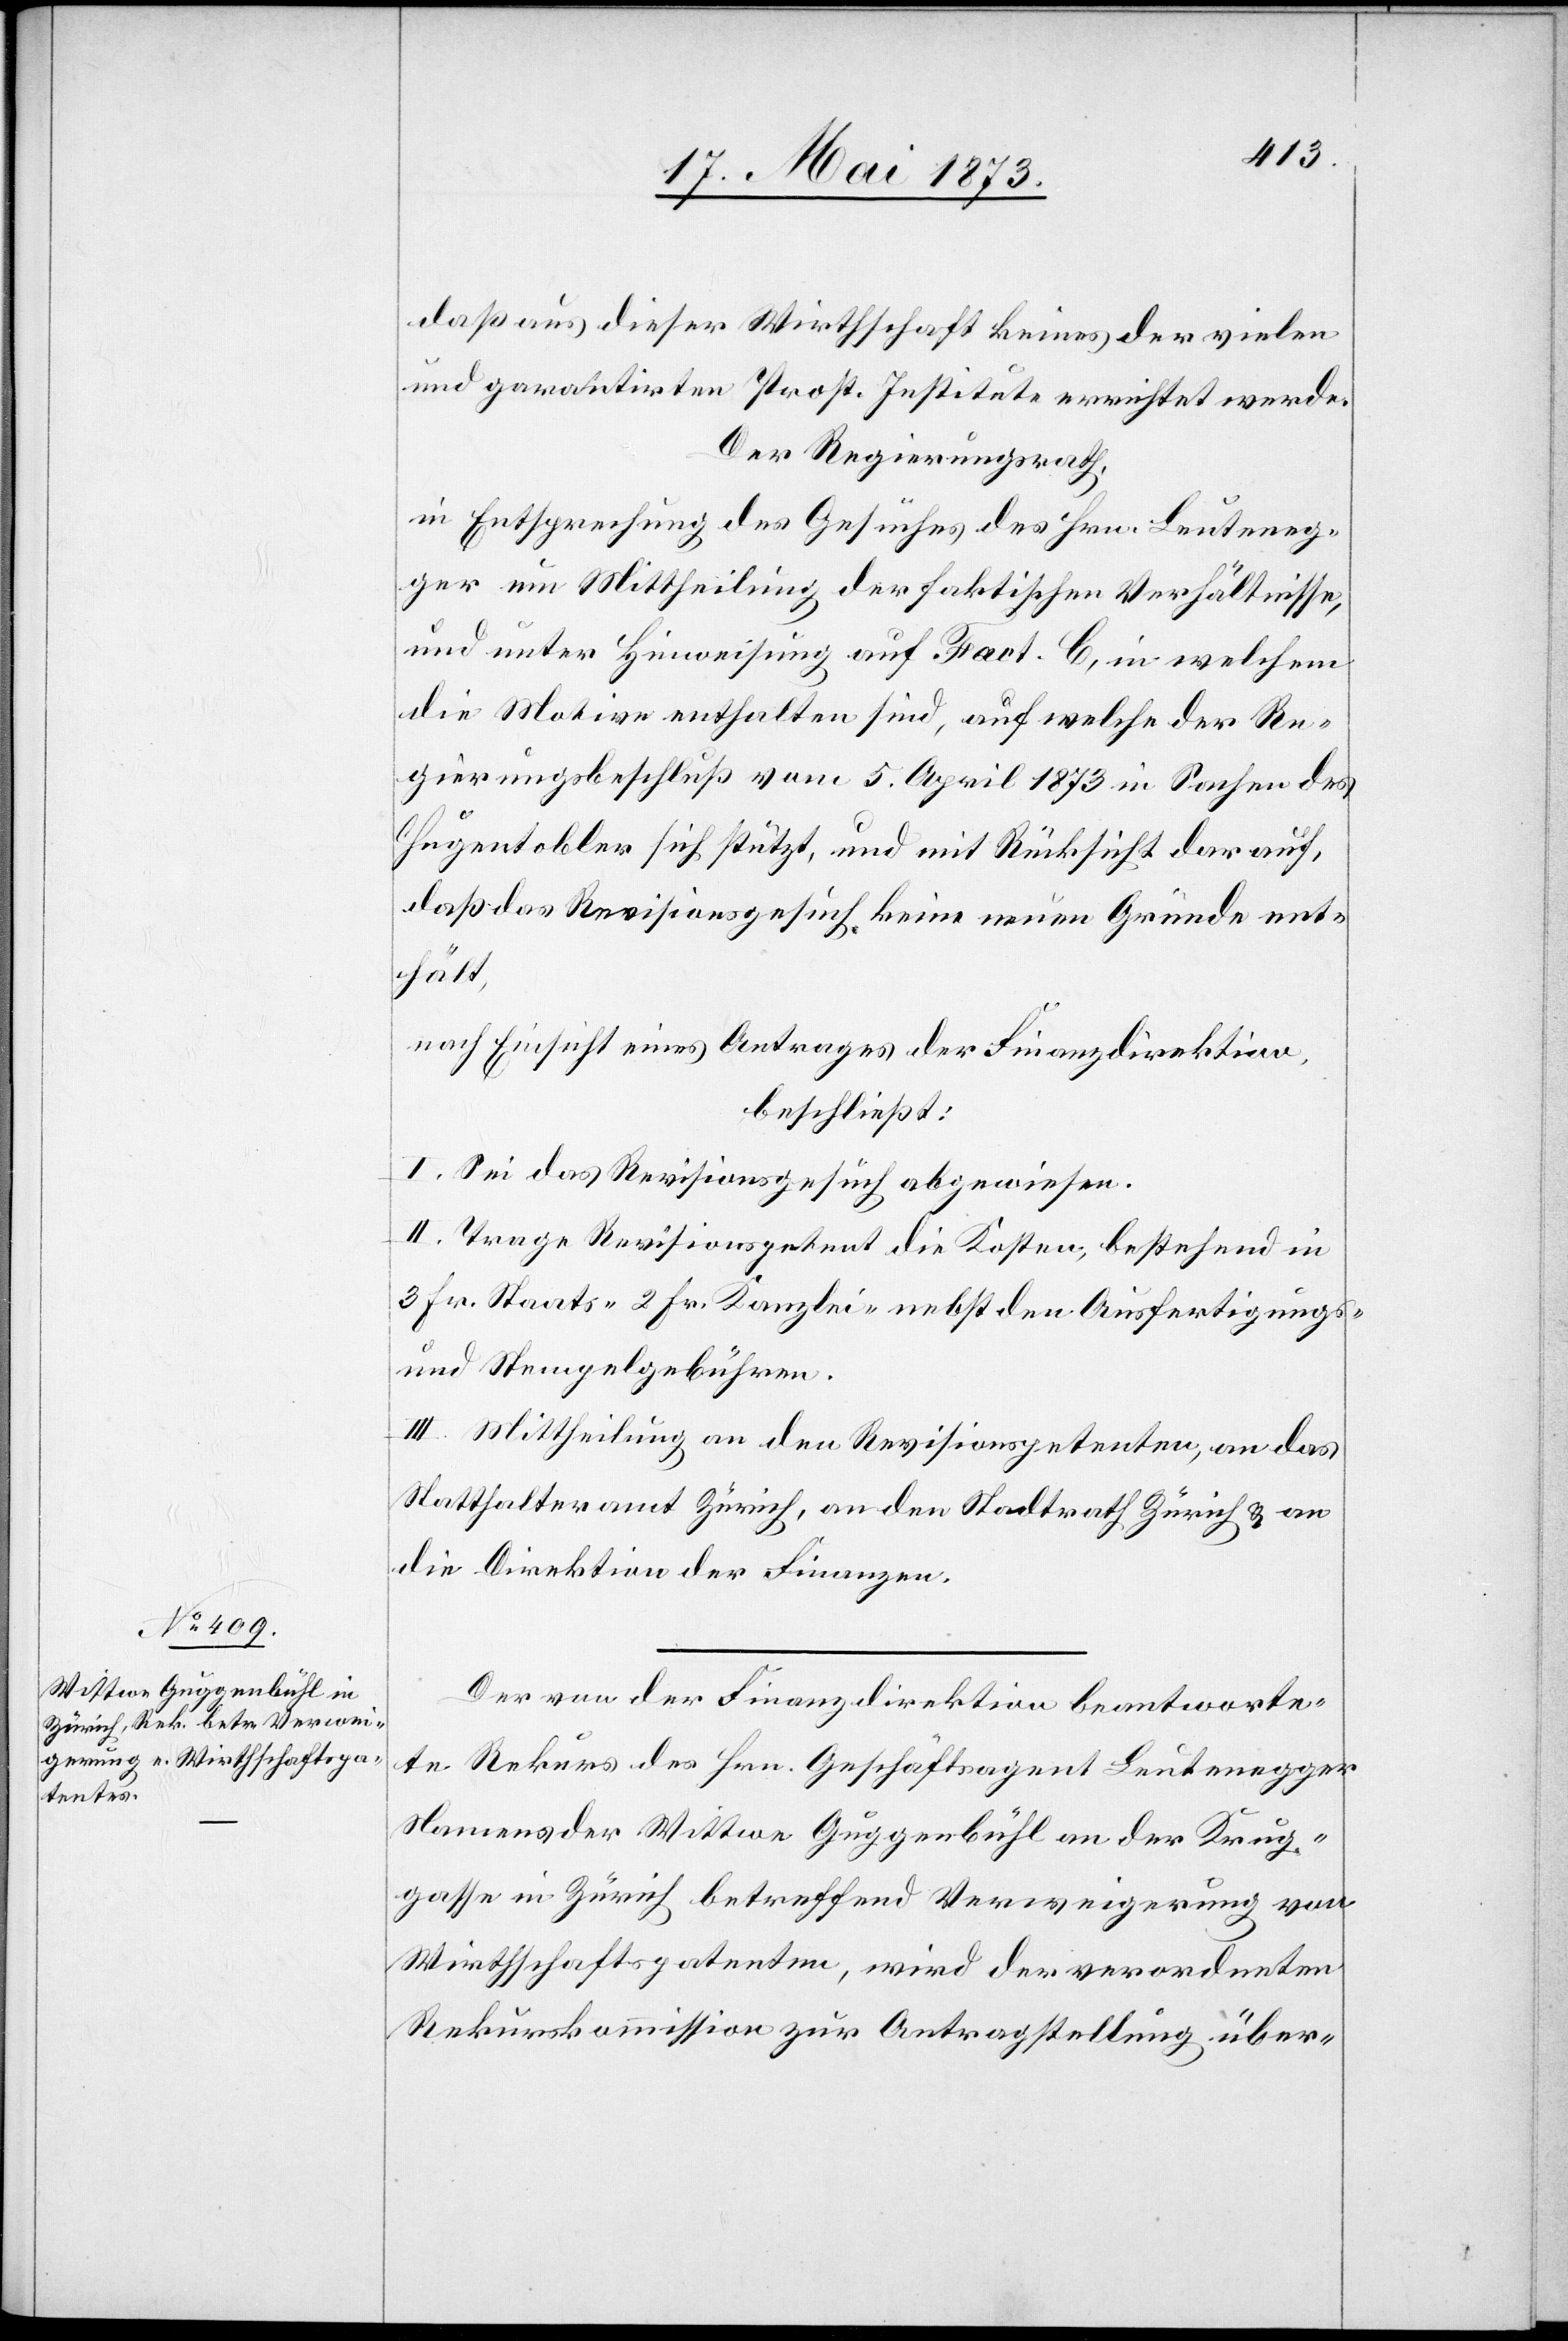
daß aus dieser Wirthschaft keines der vielen
und garantirten Prost. Institute errichtet werde.
Der Regierungsrath,
in Entsprechung des Gesuches des Hrn. Leuteneg¬
ger um Mittheilung der faktischen Verhältnisse,
und unter Hinweisung auf Fact. C, in welchem
die Motive enthalten sind, auf welche der Re¬
gierungsbeschluß vom 5. April 1873 in Sachen des
Hugentobler sich stützt, und mit Rücksicht darauf,
daß das Revisionsgesuch keine neuen Gründe ent¬
hält,
nach Einsicht eines Antrages der Finanzdirektion,
beschließt:
I. Sei das Revisionsgesuch abgewiesen.
II. Trage Revisionspetent die Kosten, bestehend in
3 Fr. Staats- 2 Fr. Kanzlei- nebst den Ausfertigungs-
und Stempelgebühren.
III. Mittheilung an den Revisionspetenten, an das
Statthalteramt Zürich, an den Stadtrath Zürich & an
die Direktion der Finanzen.
Der von der Finanzdirektion beantworte¬
te Rekurs des Hrn. Geschäftsagent Leutenegger
Namens der Wittwe Guggenbühl an der Krug¬
gasse in Zürich betreffend Verweigerung von
Wirthschaftspatenten, wird der verordneten
Rekurskommission zur Antragstellung über-